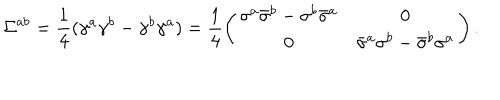
\Sigma ^ { a b } = \frac { 1 } { 4 } ( \gamma ^ { a } \gamma ^ { b } - \gamma ^ { b } \gamma ^ { a } ) = \frac { 1 } { 4 } \left( \begin{array} { c c } { { \sigma ^ { a } \bar { \sigma } ^ { b } - \sigma ^ { b } \bar { \sigma } ^ { a } } } & { { 0 } } \\ { { 0 } } & { { \bar { \sigma } ^ { a } \sigma ^ { b } - \bar { \sigma } ^ { b } \sigma ^ { a } } } \\ \end{array} \right) .